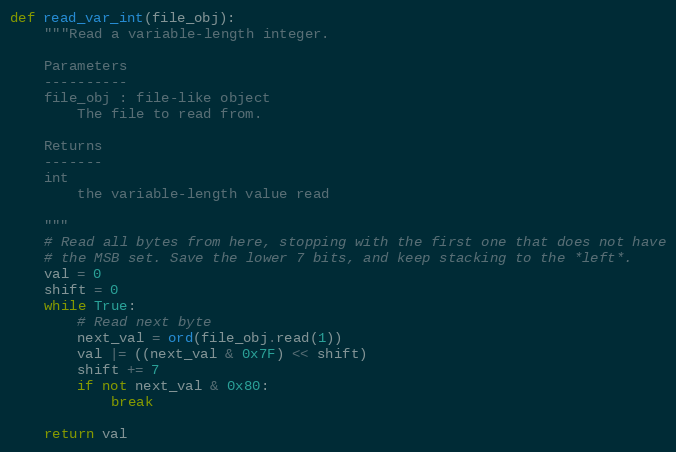
Language: Python
def read_var_int(file_obj):
    """Read a variable-length integer.

    Parameters
    ----------
    file_obj : file-like object
        The file to read from.

    Returns
    -------
    int
        the variable-length value read

    """
    # Read all bytes from here, stopping with the first one that does not have
    # the MSB set. Save the lower 7 bits, and keep stacking to the *left*.
    val = 0
    shift = 0
    while True:
        # Read next byte
        next_val = ord(file_obj.read(1))
        val |= ((next_val & 0x7F) << shift)
        shift += 7
        if not next_val & 0x80:
            break

    return val